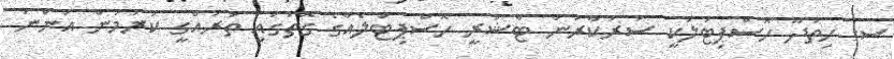
ސ. ހިތަދޫ ހޮސްޕިޓަލަކީ ސަރުކާރުން ޓާޝަރީ ހޮސްޕިޓަލެއްގެ ގޮތުގައި ތަރައްގީ ކުރަމުން އަންނަ